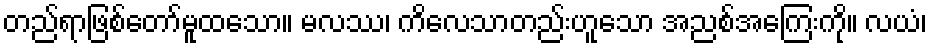
တည်ရာဖြစ်တော်မူထသော။ မလဿ၊ ကိလေသာတည်းဟူသော အညစ်အကြေးကို။ လယံ၊